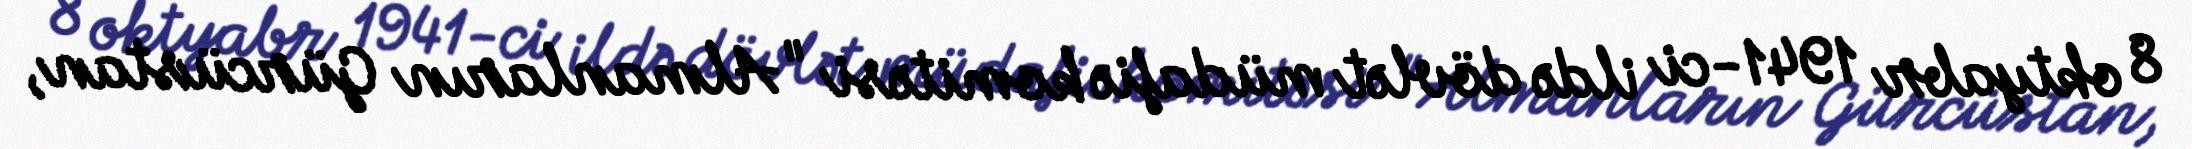
8 oktyabr 1941-ci ildə dövlət müdafiə komitəsi "Almanların Gürcüstan,